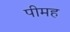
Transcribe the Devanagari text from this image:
पीमह